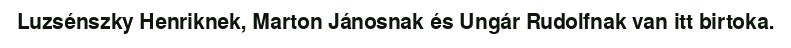
Luzsénszky Henriknek, Marton Jánosnak és Ungár Rudolfnak van itt birtoka.